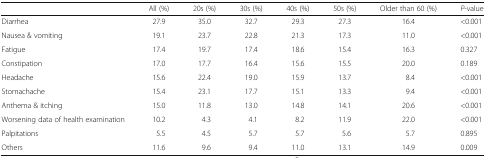
|  | All (%) | 20s (%) | 30s (%) | 40s (%) | 50s (%) | Older than 60 (%) | P-value |
 | --- | --- | --- | --- | --- | --- | --- | --- |
 | Diarrhea | 27.9 | 35.0 | 32.7 | 29.3 | 27.3 | 16.4 | <0.001 |
 | Nausea & vomiting | 19.1 | 23.7 | 22.8 | 21.3 | 17.3 | 11.0 | <0.001 |
 | Fatigue | 17.4 | 19.7 | 17.4 | 18.6 | 15.4 | 16.3 | 0.327 |
 | Constipation | 17.0 | 17.7 | 16.4 | 15.6 | 15.5 | 20.0 | 0.189 |
 | Headache | 15.6 | 22.4 | 19.0 | 15.9 | 13.7 | 8.4 | <0.001 |
 | Stomachache | 15.4 | 23.1 | 17.7 | 15.1 | 13.3 | 9.4 | <0.001 |
 | Anthema & itching | 15.0 | 11.8 | 13.0 | 14.8 | 14.1 | 20.6 | <0.001 |
 | Worsening data of health examination | 10.2 | 4.3 | 4.1 | 8.2 | 11.9 | 22.0 | <0.001 |
 | Palpitations | 5.5 | 4.5 | 5.7 | 5.7 | 5.6 | 5.7 | 0.895 |
 | Others | 11.6 | 9.6 | 9.4 | 11.0 | 13.1 | 14.9 | 0.009 |